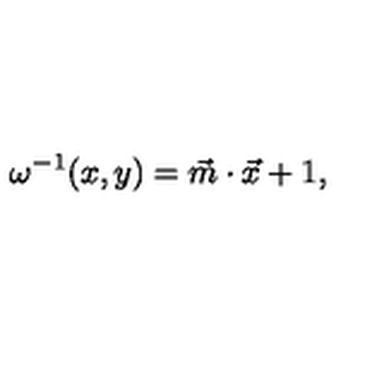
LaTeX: \omega ^ { - 1 } ( x , y ) = \vec { m } \cdot \vec { x } + 1 ,